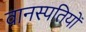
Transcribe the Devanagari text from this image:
वानस्पतियों